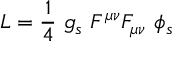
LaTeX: { \cal L } = \frac { 1 } { 4 } \ g _ { s } \ F ^ { \mu \nu } F _ { \mu \nu } \ \phi _ { s }